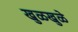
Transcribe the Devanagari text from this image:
खुळखुळे